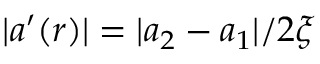
| a ^ { \prime } ( r ) | = | a _ { 2 } - a _ { 1 } | / 2 \xi